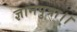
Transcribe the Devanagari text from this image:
ज्ञानपुत्रा।।